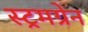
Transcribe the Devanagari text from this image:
स्ट्रमग्रेन